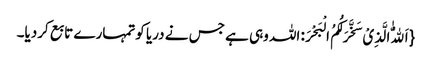
{اَللّٰهُ الَّذِیْ سَخَّرَ لَکُمُ الْبَحْرَ: اللہ وہی ہے جس نے دریا کوتمہارے تابع کردیا۔